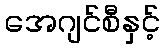
အေဂျင်စီနှင့်